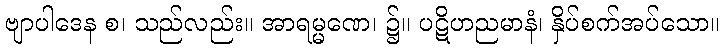
ဗျာပါဒေန စ၊ သည်လည်း။ အာရမ္မဏေ၊ ၌။ ပဋိဟညမာနံ၊ နှိပ်စက်အပ်သော။